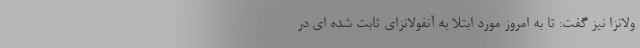
ولانزا نیز گفت: تا به امروز مورد ابتلا به آنفولانزای ثابت شده ای در